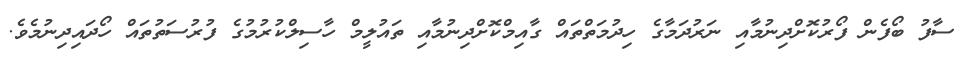
ސާފު ބޯފެން ފޯރުކޮށްދިނުމާއި ނަރުދަމާގެ ހިދުމަތްތައް ގާއިމްކޮށްދިނުމާއި ތައުލީމް ހާސިލްކުރުމުގެ ފުރުސަތުތައް ހޯދައިދިނުމެވެ.